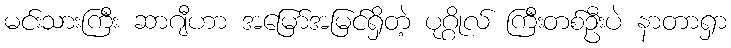
မင်းသားကြီး ဆာဂျီဟာ အမြော်အမြင်ရှိတဲ့ ပုဂ္ဂိုလ် ကြီးတစ်ဦးပဲ နာတာရှာ